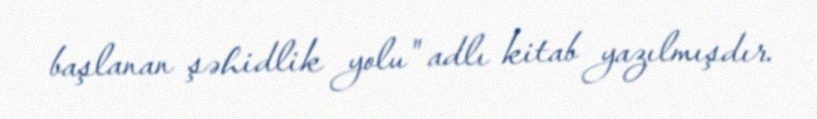
başlanan şəhidlik yolu" adlı kitab yazılmışdır.